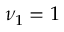
\nu _ { 1 } = 1